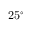
2 5 ^ { \circ }